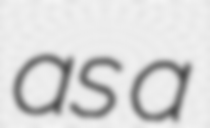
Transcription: as a